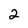
Character: 2